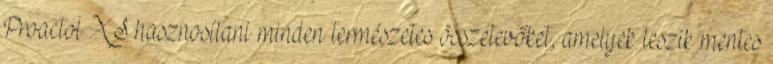
Proactol XS hasznosítani minden természetes összetevőket, amelyek teszik mentes